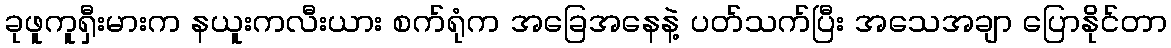
ခုဖူကူရှီးမားက နယူးကလီးယား စက်ရုံက အခြေအနေနဲ့ ပတ်သက်ပြီး အသေအချာ ပြောနိုင်တာ